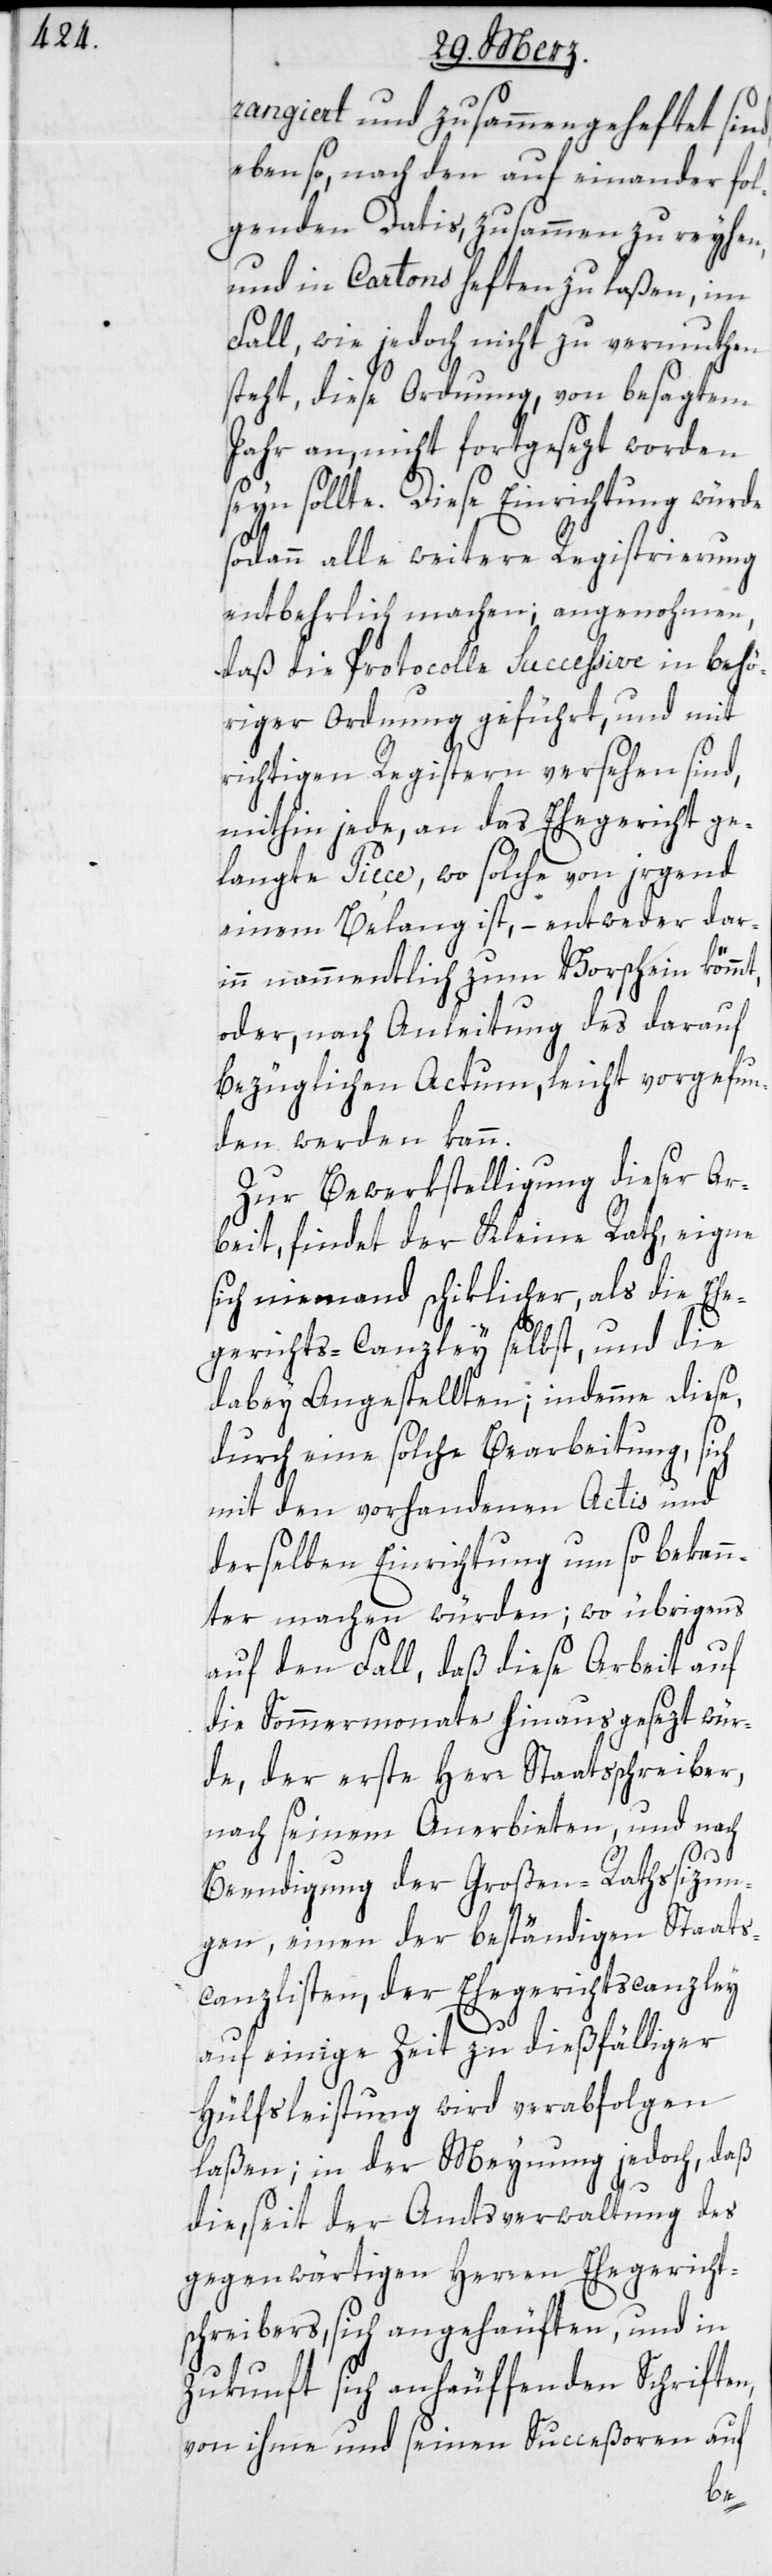
rangiert und zusammengeheftet sind,
ebenso, nach den aufeinander fol¬
genden Datis, zusammen zu reyhen,
und in Cartons heften zu laßen, im
Fall, wie jedoch nicht zu vermuthen
steht, diese Ordnung, von besagtem
Jahr an, nicht fortgesezt worden
seyn sollte. Diese Einrichtung würde
sodann alle weitere Registrierung
entbehrlich machen; angenohmen,
daß die Protocolle succeßive in behö¬
riger Ordnung geführt, und mit
richtigen Registern versehen sind,
mithin jede, an das Ehegricht ge¬
langte Piece, wo solche von irgend
einem Belang ist, – entweder dar¬
inn nammentlich zum Vorschein kömmt,
oder, nach Anleitung des darauf
bezüglichen Actum, leicht vorgefun¬
den werden kann.
Zur Bewerkstelligung dieser Ar¬
beit, findet der Kleine Rath, eigne
sich niemand schiklicher, als die Ehe¬
gerichts-Canzley selbst, und die
dabey Angestellten; indemme diese,
durch eine solche Bearbeitung, sich
mit den vorhandenen Actis und
derselben Einrichtung um so bekann¬
ter machen würden; wo übrigens
auf den Fall, daß diese Arbeit auf
die Sommermonate hinausgesezt wür¬
de, der erste Herr Staatsschreiber,
nach seinem Anerbieten, und nach
Beendigung der Großen-Rathssizun¬
gen, einen der beständigen Staats¬
canzlisten, der Ehegerichtscanzley
auf einige Zeit zu dießfälliger
Hülfsleistung wird verabfolgen
laßen; in der Meynung jedoch, daß
die, seit der Amtsverwaltung des
gegenwärtigen Herren Ehegerichts¬
schreibers, sich angehäuften, und in
Zukunft sich anhäuffenden Schriften,
von ihme und seinen Succeßoren auf